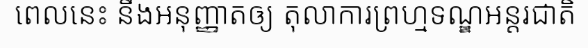
ពេលនេះ នឹងអនុញ្ញាតឲ្យ តុលាការព្រហ្មទណ្ឌអន្តរជាតិ